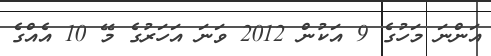
އަންނަ މަހުގެ 9 އަކުން 2012 ވަނަ އަހަރުގެ މޭ 10 އެއްގެ